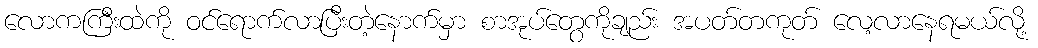
လောကကြီးထဲကို ဝင်ရောက်လာပြီးတဲ့နောက်မှာ စာအုပ်တွေကိုချည်း အပတ်တကုတ် လေ့လာနေရမယ်လို့